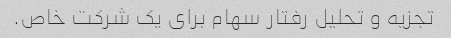
تجزیه و تحلیل رفتار سهام برای یک شرکت خاص.